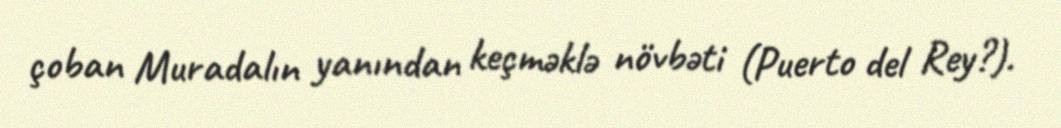
çoban Muradalın yanından keçməklə növbəti (Puerto del Rey?).